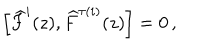
\left[ \widehat { F } ^ { i } ( z ) , \widehat { F } ^ { \tau ( i ) } ( z ) \right] = 0 \, ,